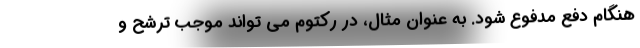
هنگام دفع مدفوع شود. به عنوان مثال، در رکتوم می تواند موجب ترشح و